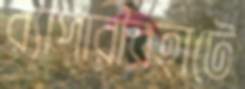
ব্যাপারীরহাটে